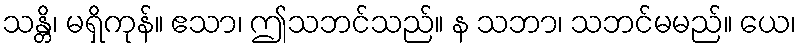
သန္တိ၊ မရှိကုန်။ ဧသာ၊ ဤသဘင်သည်။ န သဘာ၊ သဘင်မမည်။ ယေ၊